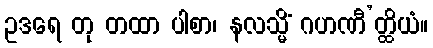
ဥဒရေ တု တထာ ပါစာ၊ နလသ္မိံ ဂဟဏီ’တ္ထိယံ။